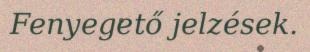
Fenyegető jelzések.